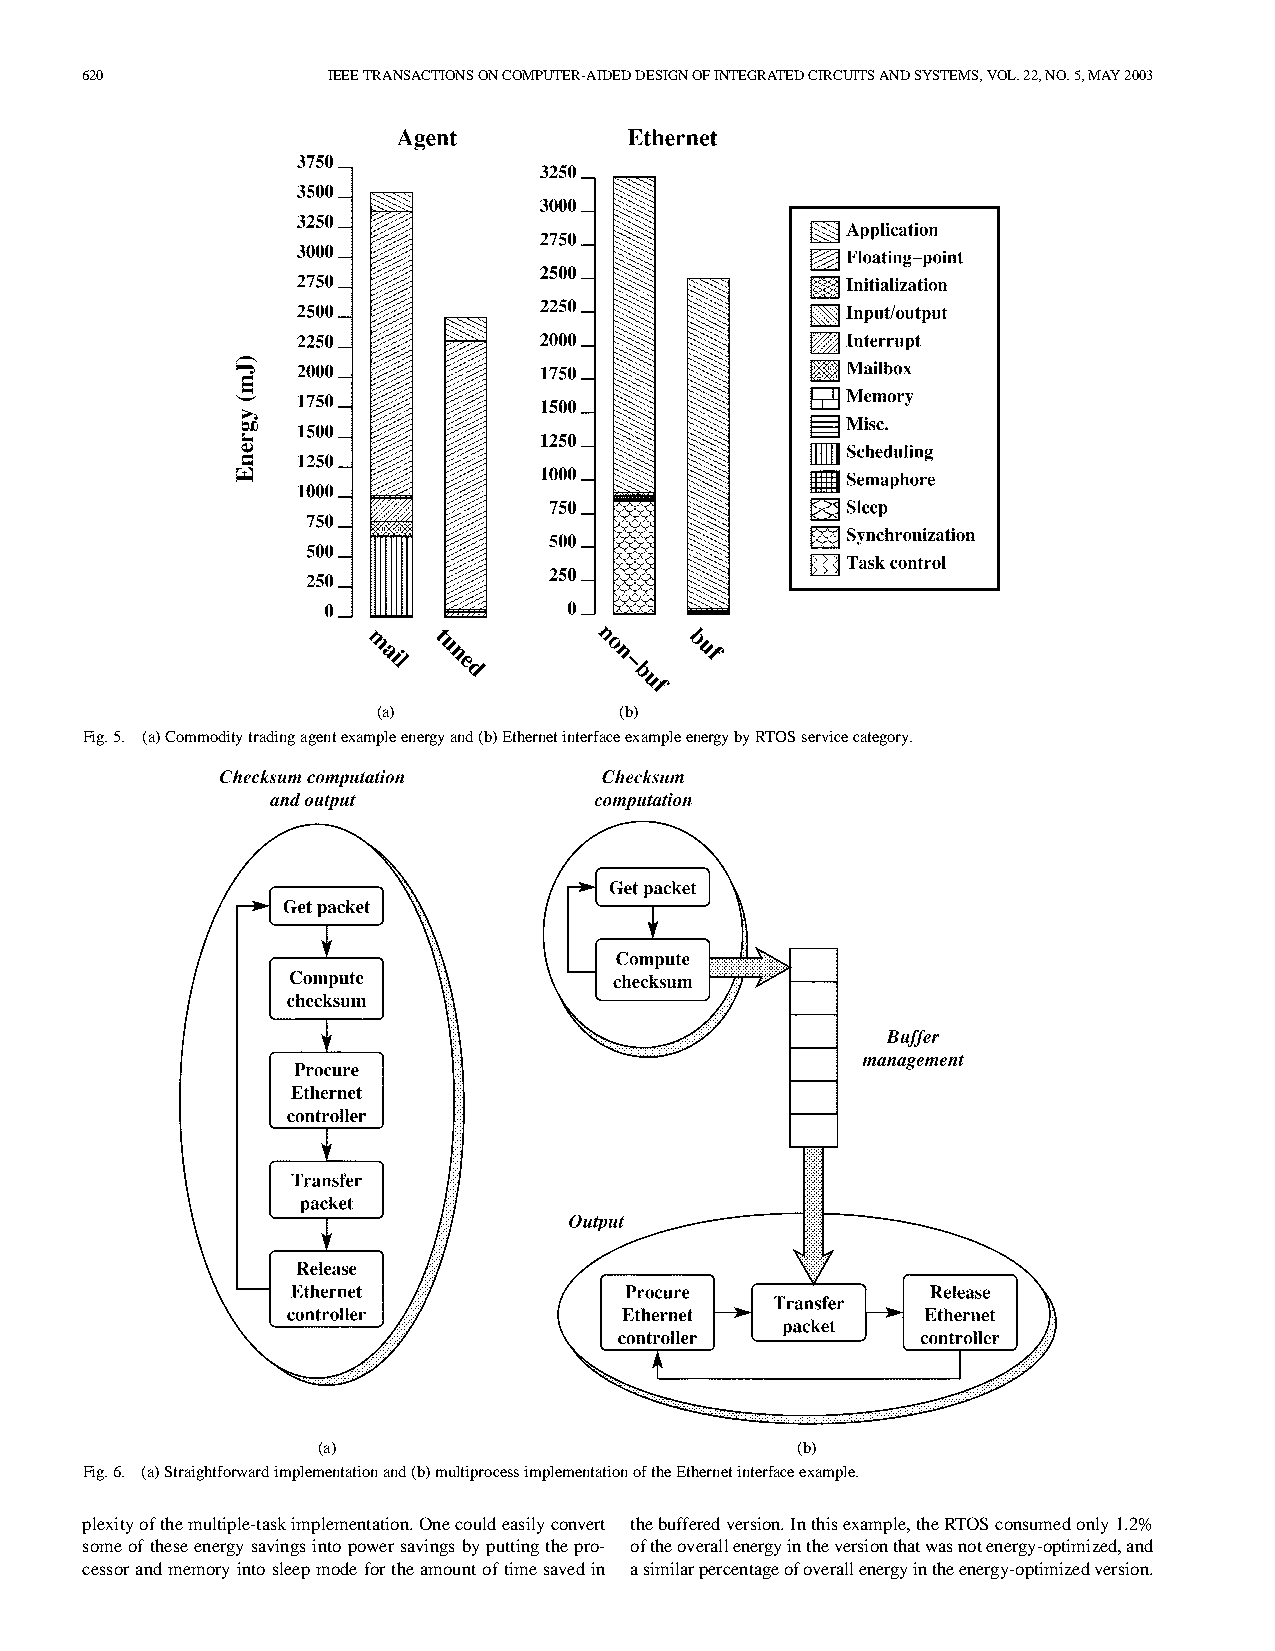
620              IEEETRANSACTIONSONCOMPUTER-AIDEDDESIGNOFINTEGRATEDCIRCUITSANDSYSTEMS,VOL.22,NO.5,MAY2003
 (a)             (b)
 Fig.5. (a)Commoditytradingagentexampleenergyand(b)EthernetinterfaceexampleenergybyRTOSservicecategory.
 (a)                             (b)
 Fig.6. (a)Straightforwardimplementationand(b)multiprocessimplementationoftheEthernetinterfaceexample.
 plexityofthemultiple-taskimplementation.Onecouldeasilyconvert thebufferedversion.Inthisexample,theRTOSconsumedonly1.2%
 someoftheseenergysavingsintopowersavingsbyputtingthepro- oftheoverallenergyintheversionthatwasnotenergy-optimized,and
 cessorandmemoryintosleepmodefortheamountoftimesavedin asimilarpercentageofoverallenergyintheenergy-optimizedversion.